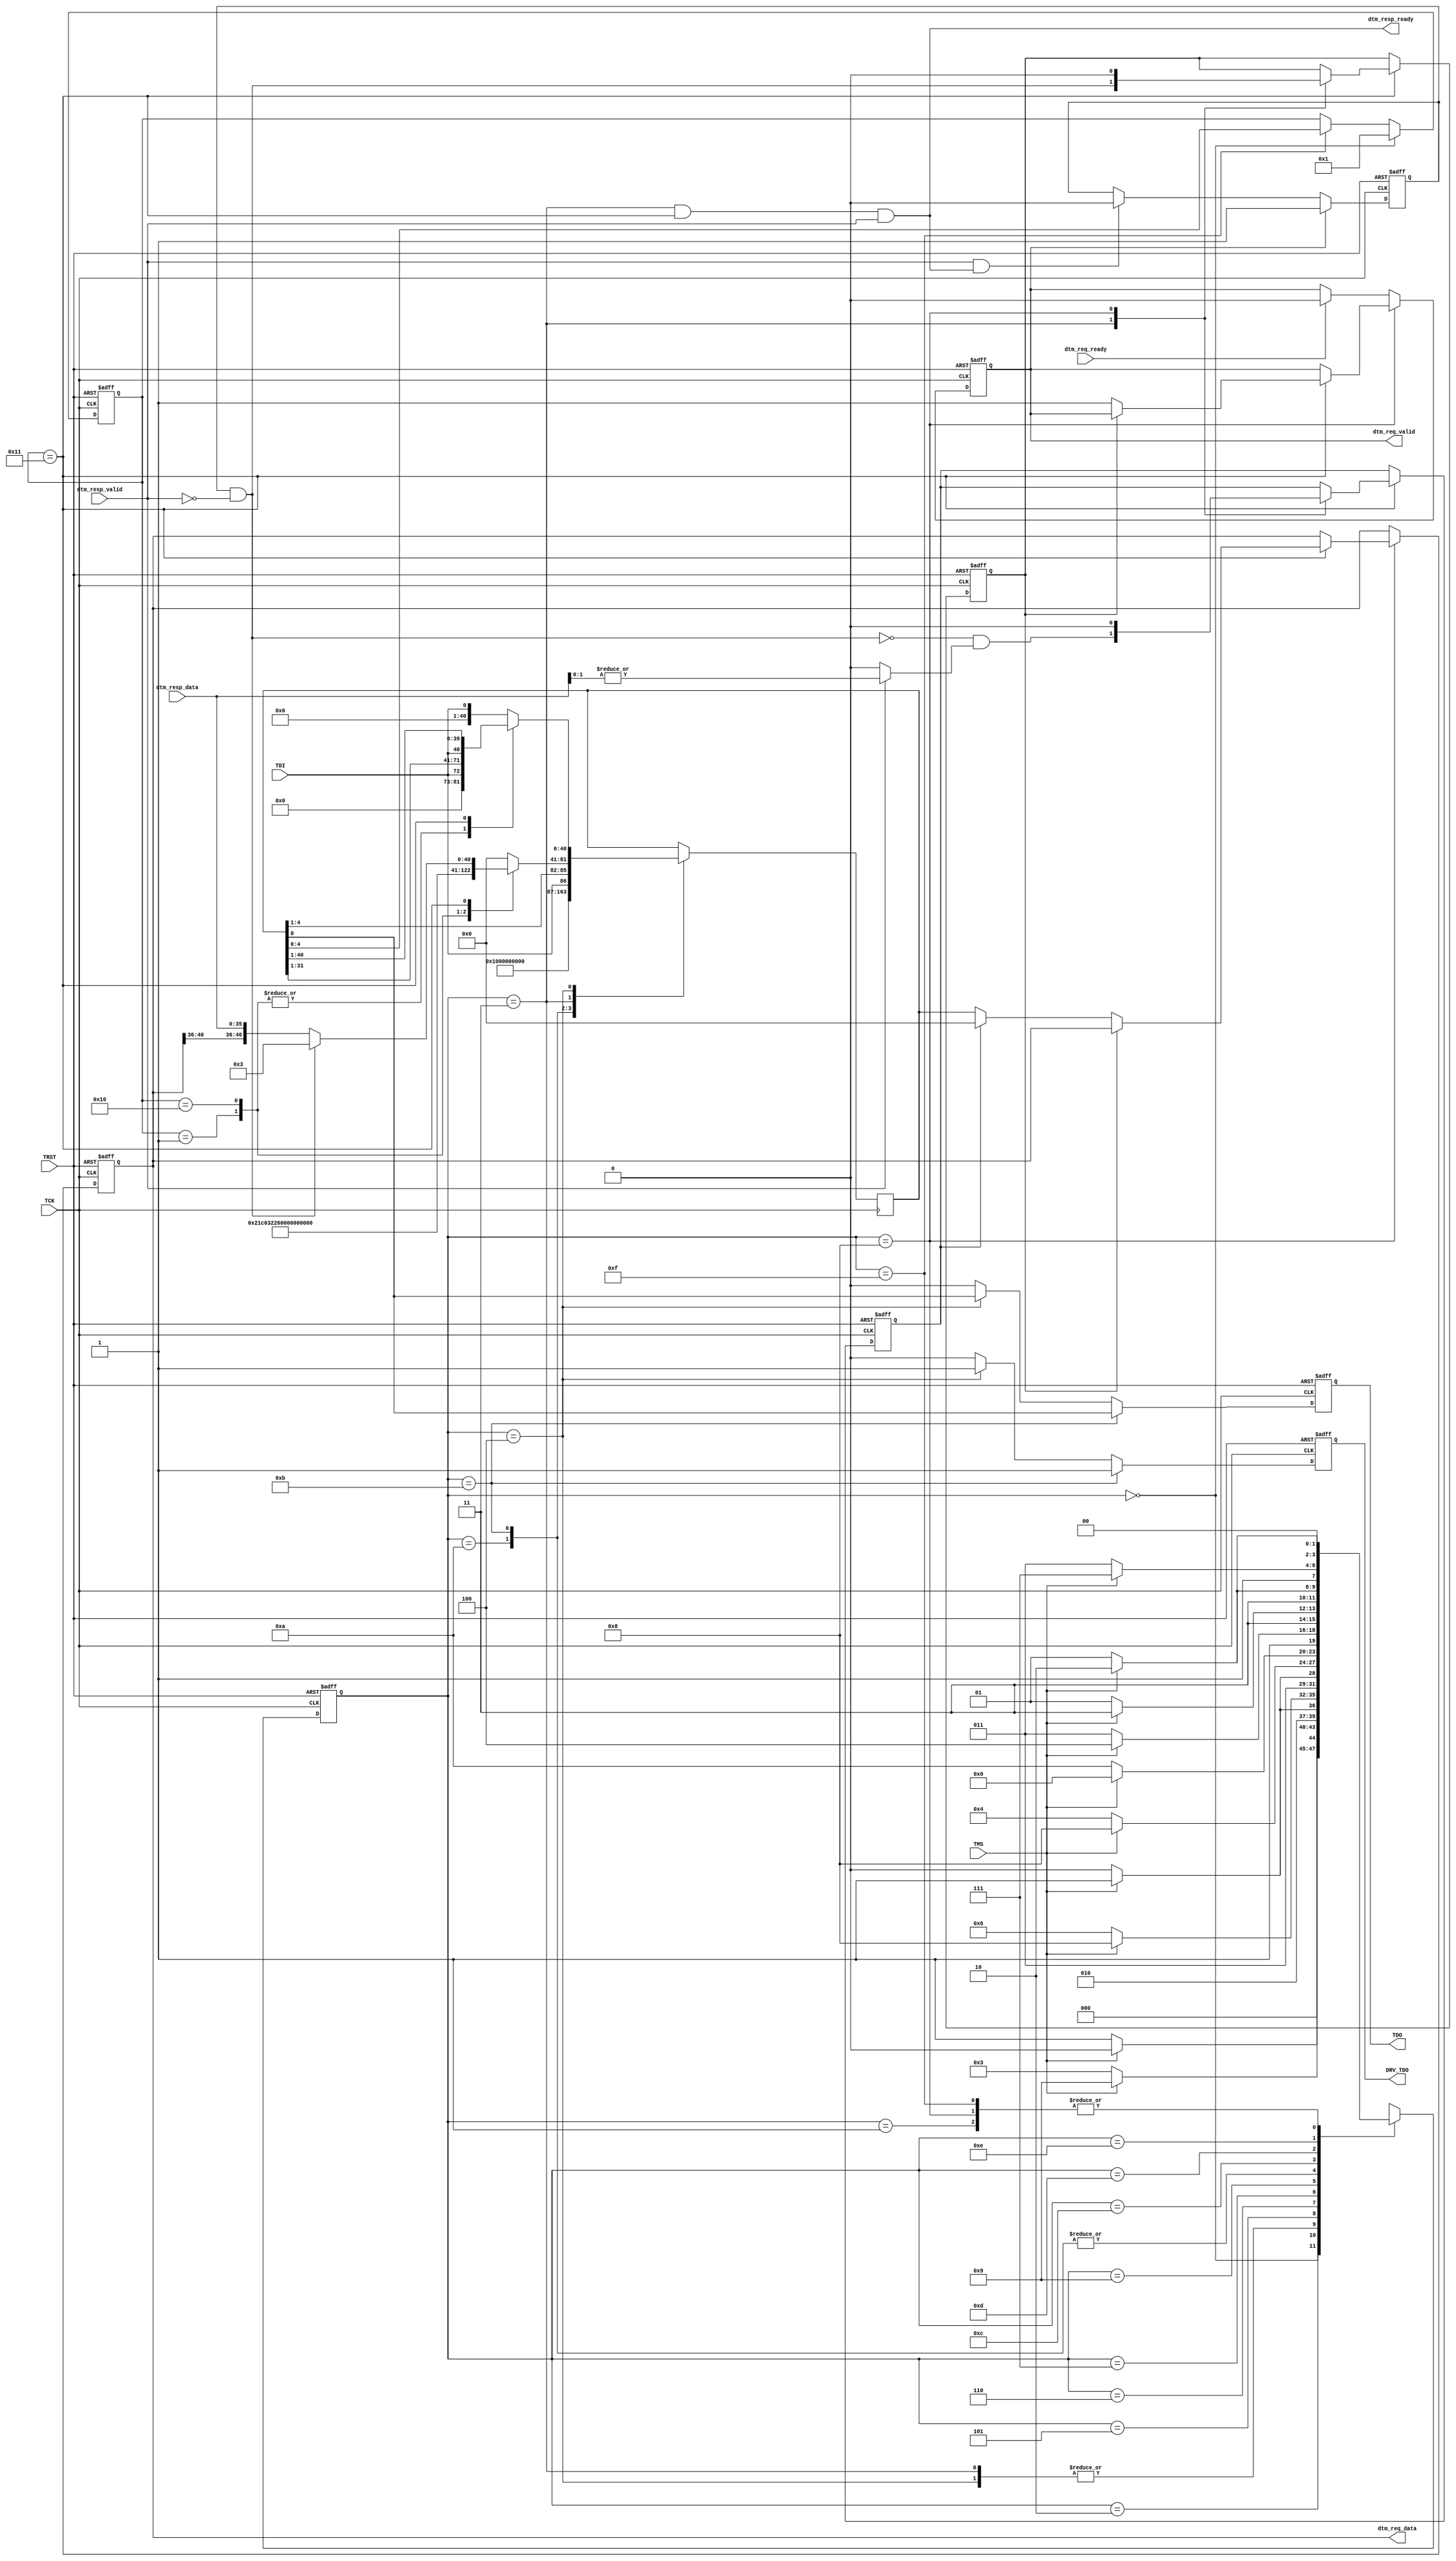


module DebugTransportModuleJtag (
                   
                                 //JTAG Interface
                                 
                                 TDI,
                                 TDO,
                                 TCK,
                                 TMS,
                                 TRST,
                                 
                                 DRV_TDO,

                                 dtm_req_valid,
                                 dtm_req_ready,
                                 dtm_req_data,

                                 dtm_resp_valid,
                                 dtm_resp_ready,
                                 dtm_resp_data
                                                                  
                                 );
   //--------------------------------------------------------
   // Parameter Declarations
   
   parameter DEBUG_DATA_BITS  = 34;
   parameter DEBUG_ADDR_BITS = 5; // Spec allows values are 5-7 
   parameter DEBUG_OP_BITS = 2; // OP and RESP are the same size.
      
   parameter JTAG_VERSION  = 4'h1;
   parameter JTAG_PART_NUM = 16'h0E31; // E31
   parameter JTAG_MANUF_ID = 11'h489;  // As Assigned by JEDEC
   
   localparam IR_BITS = 5;

   localparam DEBUG_VERSION = 0;

   // JTAG State Machine
   localparam TEST_LOGIC_RESET  = 4'h0;
   localparam RUN_TEST_IDLE     = 4'h1;
   localparam SELECT_DR         = 4'h2;
   localparam CAPTURE_DR        = 4'h3;
   localparam SHIFT_DR          = 4'h4;
   localparam EXIT1_DR          = 4'h5;
   localparam PAUSE_DR          = 4'h6;
   localparam EXIT2_DR          = 4'h7;
   localparam UPDATE_DR         = 4'h8;
   localparam SELECT_IR         = 4'h9;
   localparam CAPTURE_IR        = 4'hA;
   localparam SHIFT_IR          = 4'hB;
   localparam EXIT1_IR          = 4'hC;
   localparam PAUSE_IR          = 4'hD;
   localparam EXIT2_IR          = 4'hE;
   localparam UPDATE_IR         = 4'hF;

   //RISCV DTM Registers (see RISC-V Debug Specification)
   // All others are treated as 'BYPASS'.
   localparam REG_BYPASS       = 5'b11111;
   localparam REG_IDCODE       = 5'b00001;
   localparam REG_DEBUG_ACCESS = 5'b10001;
   localparam REG_DTM_INFO     = 5'b10000;

   localparam DBUS_REG_BITS = DEBUG_OP_BITS + DEBUG_ADDR_BITS + DEBUG_DATA_BITS;
   localparam DBUS_REQ_BITS = DEBUG_OP_BITS + DEBUG_ADDR_BITS + DEBUG_DATA_BITS;
   localparam DBUS_RESP_BITS = DEBUG_OP_BITS + DEBUG_DATA_BITS;
   
      
   localparam SHIFT_REG_BITS = DBUS_REG_BITS;

   //--------------------------------------------------------
   // I/O Declarations
   
   //JTAG SIDE
   input                                TDI;
   output reg                           TDO;
   input                                TCK;
   input                                TMS;
   input                                TRST;

   // To allow tri-state outside of this block.
   output reg                           DRV_TDO;

   // RISC-V Core Side
   
   output                               dtm_req_valid;
   input                                dtm_req_ready;
   output [DBUS_REQ_BITS - 1 :0]        dtm_req_data;
   
   input                                dtm_resp_valid;
   output                               dtm_resp_ready;
   input [DBUS_RESP_BITS - 1 : 0]        dtm_resp_data;
   
   //--------------------------------------------------------
   // Reg and Wire Declarations 
   
   reg [IR_BITS -1 : 0 ]                irReg;
   
   wire [31:0]                          idcode;
   wire [31:0]                          dtminfo;
   reg [DBUS_REG_BITS - 1 : 0]          dbusReg;
   reg                                  dbusValidReg;
   
   reg [3:0]                            jtagStateReg;
   
   reg [SHIFT_REG_BITS -1 : 0]          shiftReg;

   reg                                  doDbusWriteReg;
   reg                                  doDbusReadReg;

   reg                                  busyReg;
   reg                                  skipOpReg; // Skip op because we're busy.
   reg                                  downgradeOpReg; // Downgrade op because prev. op failed.
   

   wire                                 busy;
   wire                                 nonzeroResp;

   wire [SHIFT_REG_BITS -1 : 0]         busyResponse;
   wire [SHIFT_REG_BITS -1 : 0]         nonbusyResponse;
   
   //--------------------------------------------------------
   // Combo Logic

   assign idcode  = {JTAG_VERSION, JTAG_PART_NUM, JTAG_MANUF_ID, 1'h1};

   wire [3:0]                           debugAddrBits = DEBUG_ADDR_BITS;
   wire [3:0]                           debugVersion = DEBUG_VERSION;
   
   assign dtminfo = {24'b0, debugAddrBits, debugVersion};
   
   //busy, dtm_resp* is only valid during CAPTURE_DR,
   //      so these signals should only be used at that time.
   // This assumes there is only one transaction in flight at a time.
   assign busy = busyReg & ~dtm_resp_valid;
   // This is needed especially for the first request.
   assign nonzeroResp = dtm_resp_valid ? |{dtm_resp_data[DEBUG_OP_BITS-1:0]} : 1'b0;
   
   // Interface to DM.
   // Note that this means dtm_resp_data must only be used during CAPTURE_DR.
   assign dtm_resp_ready = (jtagStateReg == CAPTURE_DR) &&
                           (irReg        == REG_DEBUG_ACCESS) &&
                           dtm_resp_valid;
      
   assign dtm_req_valid = dbusValidReg;
   assign dtm_req_data  = dbusReg;
   
   assign busyResponse  = {{(DEBUG_ADDR_BITS +  DEBUG_DATA_BITS){1'b0}},
                           {(DEBUG_OP_BITS){1'b1}}};                                    // Generalizing 'busy' to 'all-1'
   
   assign nonbusyResponse =  {dbusReg[(DEBUG_DATA_BITS + DEBUG_OP_BITS) +: DEBUG_ADDR_BITS] ,     // retain address bits from Req. 
                              dtm_resp_data[DEBUG_OP_BITS +: DEBUG_DATA_BITS] ,                   // data
                              dtm_resp_data[0 +: DEBUG_OP_BITS]                                   // response
                              };
      
   //--------------------------------------------------------
   // Sequential Logic

   // JTAG STATE MACHINE
   
   always @(posedge TCK or posedge TRST) begin
      if (TRST) begin
         jtagStateReg <= TEST_LOGIC_RESET;
      end else begin
         case (jtagStateReg)
           TEST_LOGIC_RESET  : jtagStateReg <= TMS ? TEST_LOGIC_RESET : RUN_TEST_IDLE;
           RUN_TEST_IDLE     : jtagStateReg <= TMS ? SELECT_DR        : RUN_TEST_IDLE;
           SELECT_DR         : jtagStateReg <= TMS ? SELECT_IR        : CAPTURE_DR;
           CAPTURE_DR        : jtagStateReg <= TMS ? EXIT1_DR         : SHIFT_DR;
           SHIFT_DR          : jtagStateReg <= TMS ? EXIT1_DR         : SHIFT_DR;
           EXIT1_DR          : jtagStateReg <= TMS ? UPDATE_DR        : PAUSE_DR;
           PAUSE_DR          : jtagStateReg <= TMS ? EXIT2_DR         : PAUSE_DR;
           EXIT2_DR          : jtagStateReg <= TMS ? UPDATE_DR        : SHIFT_DR;
           UPDATE_DR         : jtagStateReg <= TMS ? SELECT_DR        : RUN_TEST_IDLE;
           SELECT_IR         : jtagStateReg <= TMS ? TEST_LOGIC_RESET : CAPTURE_IR;
           CAPTURE_IR        : jtagStateReg <= TMS ? EXIT1_IR         : SHIFT_IR;
           SHIFT_IR          : jtagStateReg <= TMS ? EXIT1_IR         : SHIFT_IR;
           EXIT1_IR          : jtagStateReg <= TMS ? UPDATE_IR        : PAUSE_IR;
           PAUSE_IR          : jtagStateReg <= TMS ? EXIT2_IR         : PAUSE_IR;
           EXIT2_IR          : jtagStateReg <= TMS ? UPDATE_IR        : SHIFT_IR;
           UPDATE_IR         : jtagStateReg <= TMS ? SELECT_DR        : RUN_TEST_IDLE; 
         endcase // case (jtagStateReg)
      end // else: !if(TRST)
   end // always @ (posedge TCK or posedge TRST)

   // SHIFT REG 
   always @(posedge TCK) begin
      case (jtagStateReg)
        CAPTURE_IR : shiftReg <= {{(SHIFT_REG_BITS-1){1'b0}}, 1'b1}; //JTAG spec only says must end with 'b01. 
        SHIFT_IR   : shiftReg <= {{(SHIFT_REG_BITS-IR_BITS){1'b0}}, TDI, shiftReg[IR_BITS-1 : 1]};
        CAPTURE_DR : case (irReg) 
                       REG_BYPASS       : shiftReg <= {(SHIFT_REG_BITS){1'b0}};
                       REG_IDCODE       : shiftReg <= {{(SHIFT_REG_BITS-32){1'b0}}, idcode};
                       REG_DTM_INFO     : shiftReg <= {{(SHIFT_REG_BITS-32){1'b0}}, dtminfo};
                       REG_DEBUG_ACCESS : shiftReg <= busy ? busyResponse : nonbusyResponse;
                       default : //BYPASS
                         shiftReg <= {(SHIFT_REG_BITS){1'b0}};
                     endcase
        SHIFT_DR   : case (irReg) 
                       REG_BYPASS   : shiftReg <= {{(SHIFT_REG_BITS- 1){1'b0}}, TDI};
                       REG_IDCODE   : shiftReg <= {{(SHIFT_REG_BITS-32){1'b0}}, TDI, shiftReg[31:1]};
                       REG_DTM_INFO : shiftReg <= {{(SHIFT_REG_BITS-32){1'b0}}, TDI, shiftReg[31:1]};
                       REG_DEBUG_ACCESS : shiftReg <= {TDI, shiftReg[SHIFT_REG_BITS -1 : 1 ]};
                       default: // BYPASS
                        shiftReg <= {{(SHIFT_REG_BITS- 1){1'b0}} , TDI};
                     endcase // case (irReg)  
      endcase // case (jtagStateReg)
   end

   // IR 
   always @(negedge TCK or posedge TRST) begin
      if (TRST) begin
         irReg <= REG_IDCODE;
      end else if (jtagStateReg == TEST_LOGIC_RESET) begin
         irReg <= REG_IDCODE;
      end else if (jtagStateReg == UPDATE_IR) begin
         irReg <= shiftReg[IR_BITS-1:0];
      end
   end
  
   // Busy. We become busy when we first try to send a request.
   // We stop being busy when we accept a response.
   // This means that busyReg will still be set when we check it,
   // so the logic for checking busy looks ahead.
   
   always @(posedge TCK or posedge TRST) begin
      if (TRST) begin
         busyReg <= 1'b0;
      end else if (dtm_req_valid) begin //UPDATE_DR onwards
         busyReg <= 1'b1;
      end else if (dtm_resp_valid & dtm_resp_ready) begin //only in CAPTURE_DR
         busyReg <= 1'b0;
      end
   end // always @ (posedge TCK or posedge TRST)


   // Downgrade/Skip. We make the decision to downgrade or skip
   // during every CAPTURE_DR, and use the result in UPDATE_DR.
   always @(posedge TCK or posedge TRST) begin
      if (TRST) begin
         skipOpReg      <= 1'b0;
         downgradeOpReg <= 1'b0;
      end else if (irReg == REG_DEBUG_ACCESS) begin
         case(jtagStateReg)
           CAPTURE_DR: begin
              skipOpReg      <= busy;
              downgradeOpReg <= (~busy & nonzeroResp);
           end
           UPDATE_DR: begin
              skipOpReg      <= 1'b0;
              downgradeOpReg <= 1'b0;
           end
         endcase // case (jtagStateReg)
      end
   end // always @ (posedge TCK or posedge TRST)
   
   
   //dbusReg, dbusValidReg.
   always @(negedge TCK or posedge TRST) begin
      if (TRST) begin
         dbusReg <= {(DBUS_REG_BITS) {1'b0}};
         dbusValidReg <= 1'b0;
      end else if (jtagStateReg == UPDATE_DR) begin
         if (irReg == REG_DEBUG_ACCESS) begin
            if (skipOpReg) begin
               // do nothing.
            end else if (downgradeOpReg) begin
               dbusReg      <= {(DBUS_REG_BITS){1'b0}}; // NOP has encoding 2'b00.
               dbusValidReg <= 1'b1;
            end else begin 
               dbusReg      <= shiftReg[DBUS_REG_BITS-1:0];
               dbusValidReg <= 1'b1;
            end
         end
      end else if (dtm_req_ready) begin
         dbusValidReg <= 1'b0;
      end
   end // always @ (negedge TCK or posedge TRST)
        
   //TDO
   always @(negedge TCK or posedge TRST) begin
      if (TRST) begin
         TDO     <= 1'b0;
         DRV_TDO <= 1'b0;
      end else if (jtagStateReg == SHIFT_IR) begin
         TDO     <= shiftReg[0];
         DRV_TDO <= 1'b1;
      end else if (jtagStateReg == SHIFT_DR) begin
         TDO     <= shiftReg[0];
         DRV_TDO <= 1'b1;
      end else begin
         TDO     <= 1'b0;
         DRV_TDO <= 1'b0;
      end
   end // always @ (negedge TCK or posedge TRST)
   
     
endmodule